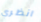
انظري